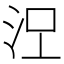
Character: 𣳄